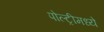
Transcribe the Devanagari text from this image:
पोल्ट्रीमध्ये